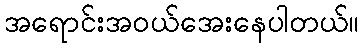
အရောင်းအဝယ်အေးနေပါတယ်။